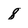
Character: 8